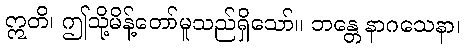
ဣတိ၊ ဤသို့မိန့်တော်မူသည်ရှိသော်။ ဘန္တေ နာဂသေနာ၊